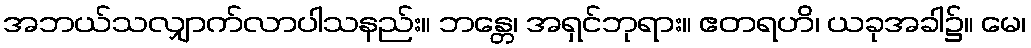
အဘယ်သလျှာက်လာပါသနည်း။ ဘန္တေ၊ အရှင်ဘုရား။ ဧတရဟိ၊ ယခုအခါ၌။ မေ၊